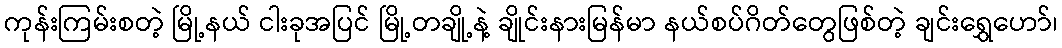
ကုန်းကြမ်းစတဲ့ မြို့နယ် ငါးခုအပြင် မြို့တချို့နဲ့ ချိုင်းနားမြန်မာ နယ်စပ်ဂိတ်တွေဖြစ်တဲ့ ချင်းရွှေဟော်၊